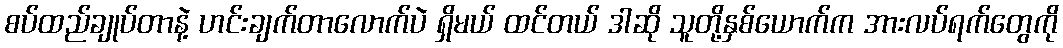
စပ်ထည်ချုပ်တာနဲ့ ဟင်းချက်တာလောက်ပဲ ရှိမယ် ထင်တယ် ဒါဆို သူတို့နှစ်ယောက်က အားလပ်ရက်တွေကို